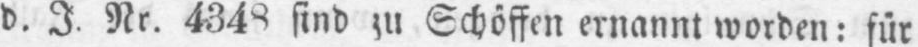
d. J. Nr. 4348 sind zu Schöffen ernannt worden: für